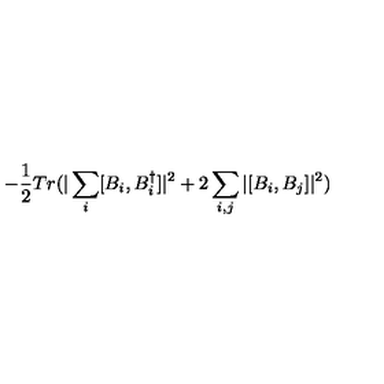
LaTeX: - \frac { 1 } { 2 } T r ( | \sum _ { i } [ B _ { i } , B _ { i } ^ { \dagger } ] | ^ { 2 } + 2 \sum _ { i , j } | [ B _ { i } , B _ { j } ] | ^ { 2 } )